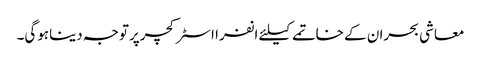
معاشی بحران کے خاتمے کیلئے انفرا اسٹرکچرپرتوجہ دیناہوگی۔